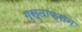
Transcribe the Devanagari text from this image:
गुस्ताफ्सन